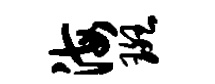
海斑